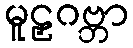
မူဠှဂဗ္ဘာ